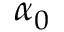
\alpha _ { 0 }